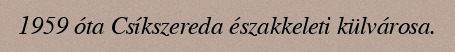
1959 óta Csíkszereda északkeleti külvárosa.